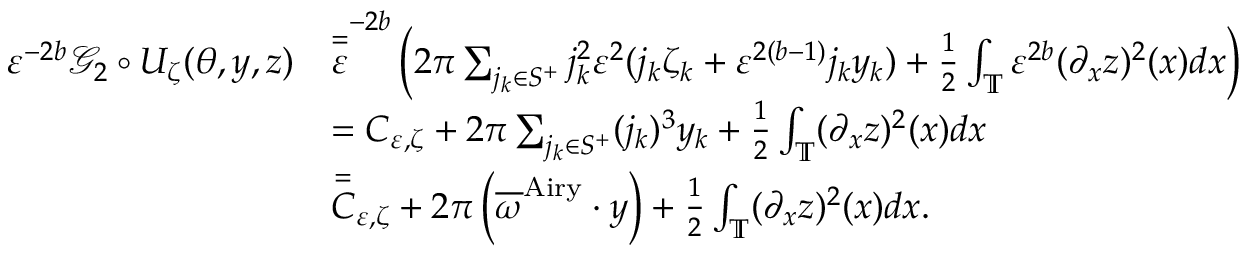
\begin{array} { r l } { \varepsilon ^ { - 2 b } \mathcal { G } _ { 2 } \circ U _ { \zeta } ( \theta , y , z ) } & { \overset = \varepsilon ^ { - 2 b } \left( 2 \pi \sum _ { j _ { k } \in S ^ { + } } j _ { k } ^ { 2 } \varepsilon ^ { 2 } ( j _ { k } \zeta _ { k } + \varepsilon ^ { 2 ( b - 1 ) } j _ { k } y _ { k } ) + \frac { 1 } { 2 } \int _ { \mathbb { T } } \varepsilon ^ { 2 b } ( \partial _ { x } z ) ^ { 2 } ( x ) d x \right) } \\ & { = C _ { \varepsilon , \zeta } + 2 \pi \sum _ { j _ { k } \in S ^ { + } } ( j _ { k } ) ^ { 3 } y _ { k } + \frac { 1 } { 2 } \int _ { \mathbb { T } } ( \partial _ { x } z ) ^ { 2 } ( x ) d x } \\ & { \overset = C _ { \varepsilon , \zeta } + 2 \pi \left( \overline { \omega } ^ { \mathrm { A i r y } } \cdot y \right) + \frac { 1 } { 2 } \int _ { \mathbb { T } } ( \partial _ { x } z ) ^ { 2 } ( x ) d x . } \end{array}